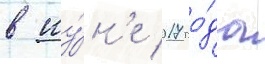
в иу́н'е 2017 го́да